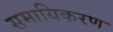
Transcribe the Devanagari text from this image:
समायिकरण